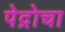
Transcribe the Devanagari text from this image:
पेद्रोचा